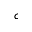
c